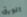
الورق